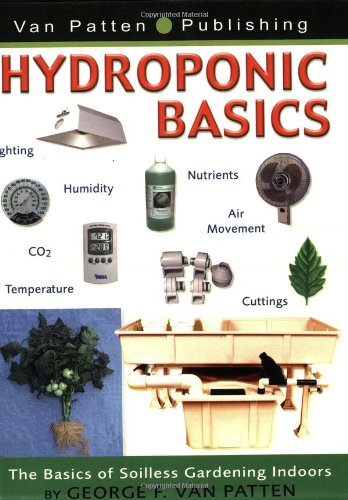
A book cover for Hydroponic Basics by George F. Van Patten; George F. Van Patten; Crafts, Hobbies & Home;